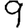
Digit: 9